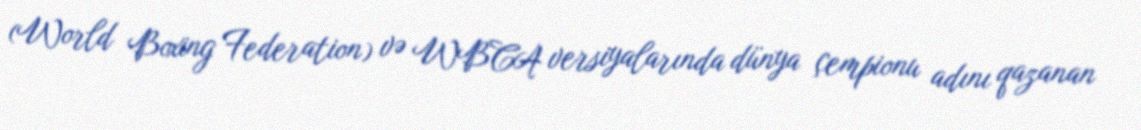
(World Boxing Federation) və WBCA versiyalarında dünya çempionu adını qazanan